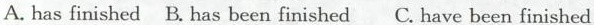
A.hasfinished B. Has been finished C. Have been finished